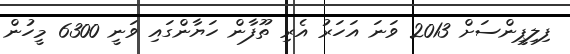
ފިލިޕީންސަށް 2013 ވަނަ އަހަރު އެރި ތޫފާން ހަޔާންގައި ވަނީ 6300 މީހުން